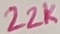
Text: 22K